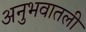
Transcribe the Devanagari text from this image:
अनुभवातली